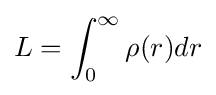
L=\int _{0}^{\infty }\rho (r)dr